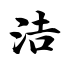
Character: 洁